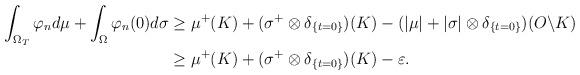
LaTeX: \begin{align*}\int_{\Omega _{T}}\varphi _{n}d\mu +\int_{\Omega }\varphi _{n}(0)d\sigma &\geq \mu ^{+}(K)+(\sigma ^{+}\otimes \delta _{\{t=0\}})(K)-(|\mu |+|\sigma|\otimes \delta _{\{t=0\}})(O\backslash K) \\& \geq \mu ^{+}(K)+(\sigma ^{+}\otimes \delta _{\{t=0\}})(K)-\varepsilon .\end{align*}